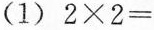
(1)$$2 × 2 =$$